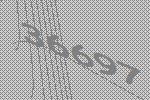
36697